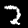
Digit: 2